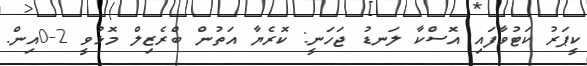
ކީޕަރު ކަޓުވާފައި އޮސްކާ ލަނޑު ޖަހަނީ: ކޮރެޔާ އަތުން ބްރެޒިލް މޮޅުވީ 2-0އިން.